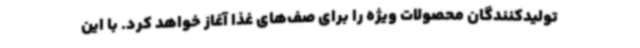
تولیدکنندگان محصولات ویژه را برای صف‌های غذا آغاز خواهد کرد. با این